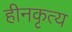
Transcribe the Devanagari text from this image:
हीनकृत्य